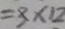
= 3 \times 1 2